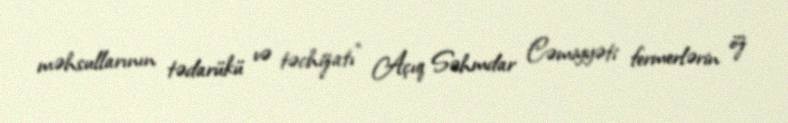
məhsullarının tədarükü və təchizatı” Açıq Səhmdar Cəmiyyəti fermerlərin öz